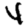
Digit: 4